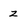
Character: z